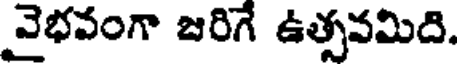
వైభవంగా జరిగే ఉత్సవమిది.